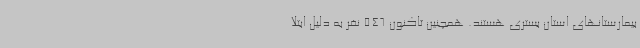
بیمارستانهای استان بستری هستند. همچنین تاکنون 546 نفر به دلیل ابتلا